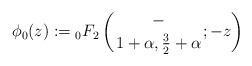
LaTeX: \begin{align*} \phi_0(z) & := {{}_{0}F_{2}}\left( {- \atop 1+ \alpha, \frac{3}{2} +\alpha} ; -z\right)\end{align*}